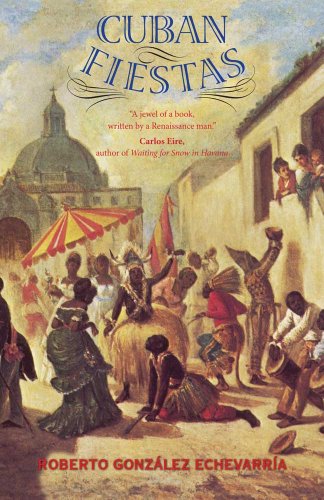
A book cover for Cuban Fiestas; Roberto GonzÃ¡lez EchevarrÃ­a; Politics & Social Sciences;